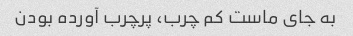
به جای ماست کم چرب، پرچرب آورده بودن